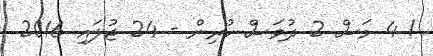
! 4 މަސް 2 ދުވަސް ކުރިން - 24 ޖުލައި 2016